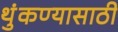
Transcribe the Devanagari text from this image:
थुंकण्यासाठी